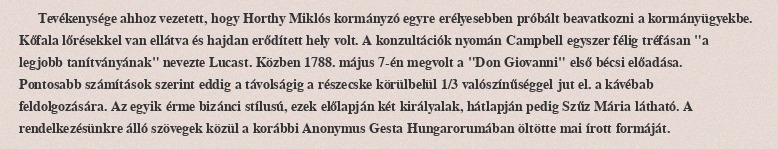
Tevékenysége ahhoz vezetett, hogy Horthy Miklós kormányzó egyre erélyesebben próbált beavatkozni a kormányügyekbe. Kőfala lőrésekkel van ellátva és hajdan erődített hely volt. A konzultációk nyomán Campbell egyszer félig tréfásan "a legjobb tanítványának" nevezte Lucast. Közben 1788. május 7-én megvolt a "Don Giovanni" első bécsi előadása. Pontosabb számítások szerint eddig a távolságig a részecske körülbelül 1/3 valószínűséggel jut el. a kávébab feldolgozására. Az egyik érme bizánci stílusú, ezek előlapján két királyalak, hátlapján pedig Szűz Mária látható. A rendelkezésünkre álló szövegek közül a korábbi Anonymus Gesta Hungarorumában öltötte mai írott formáját.